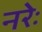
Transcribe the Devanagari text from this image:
नरेः